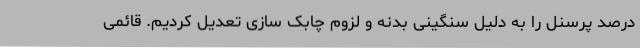
درصد پرسنل را به دلیل سنگینی بدنه و لزوم چابک سازی تعدیل کردیم. قائمی